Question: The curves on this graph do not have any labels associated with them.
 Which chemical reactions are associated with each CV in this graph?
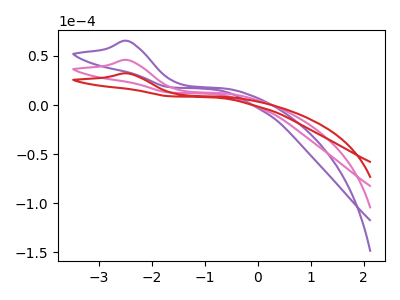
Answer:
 <answer>The purple curve does not have a label. The pink curve does not have a label. The red curve does not have a label.</answer>
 <eval></eval>